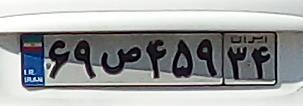
۶۹ص۴۵۹۳۴